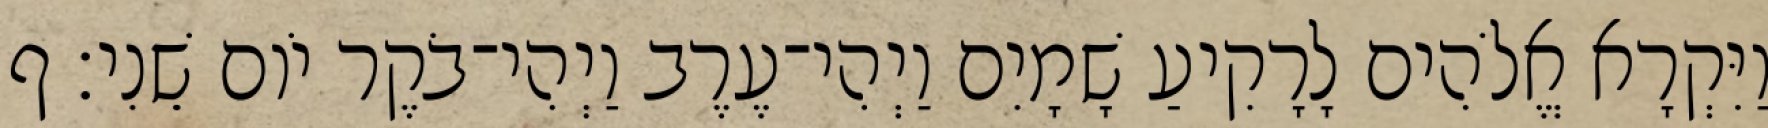
וַיִּקְרָא אֱלֹהִים לָרָקִיעַ שָׁמָיִם וַיְהִי־עֶרֶב וַיְהִי־בֹקֶר יֹום שֵׁנִי׃ ף